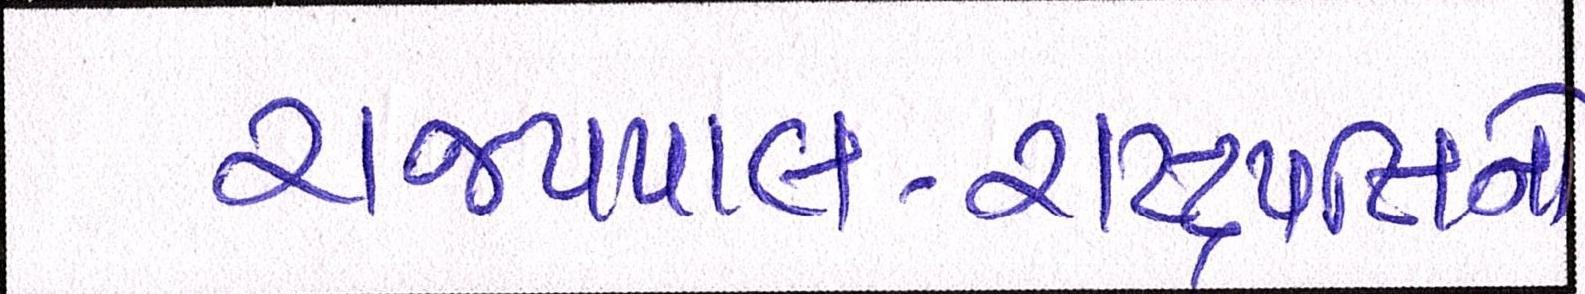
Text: રાજ્યપાલ-રાષ્ટ્રપતિનો